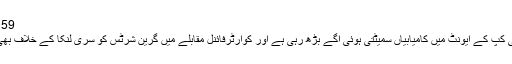
159رنز کی بڑی فتح اپنے نام کر لی
پاکستان کی بلائنڈ کرکٹ ٹیم عالمی کپ کے ایونٹ میں کامیابیاں سمیٹتی ہوئی آگے بڑھ رہی ہے اور کوارٹرفائنل مقابلے میں گرین شرٹس کو سری لنکا کے خلاف بھی بڑی کامیابی حاصل ہو گئی ہے۔